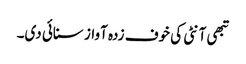
تبھی آنٹی کی خوف زدہ آواز سنائی دی۔